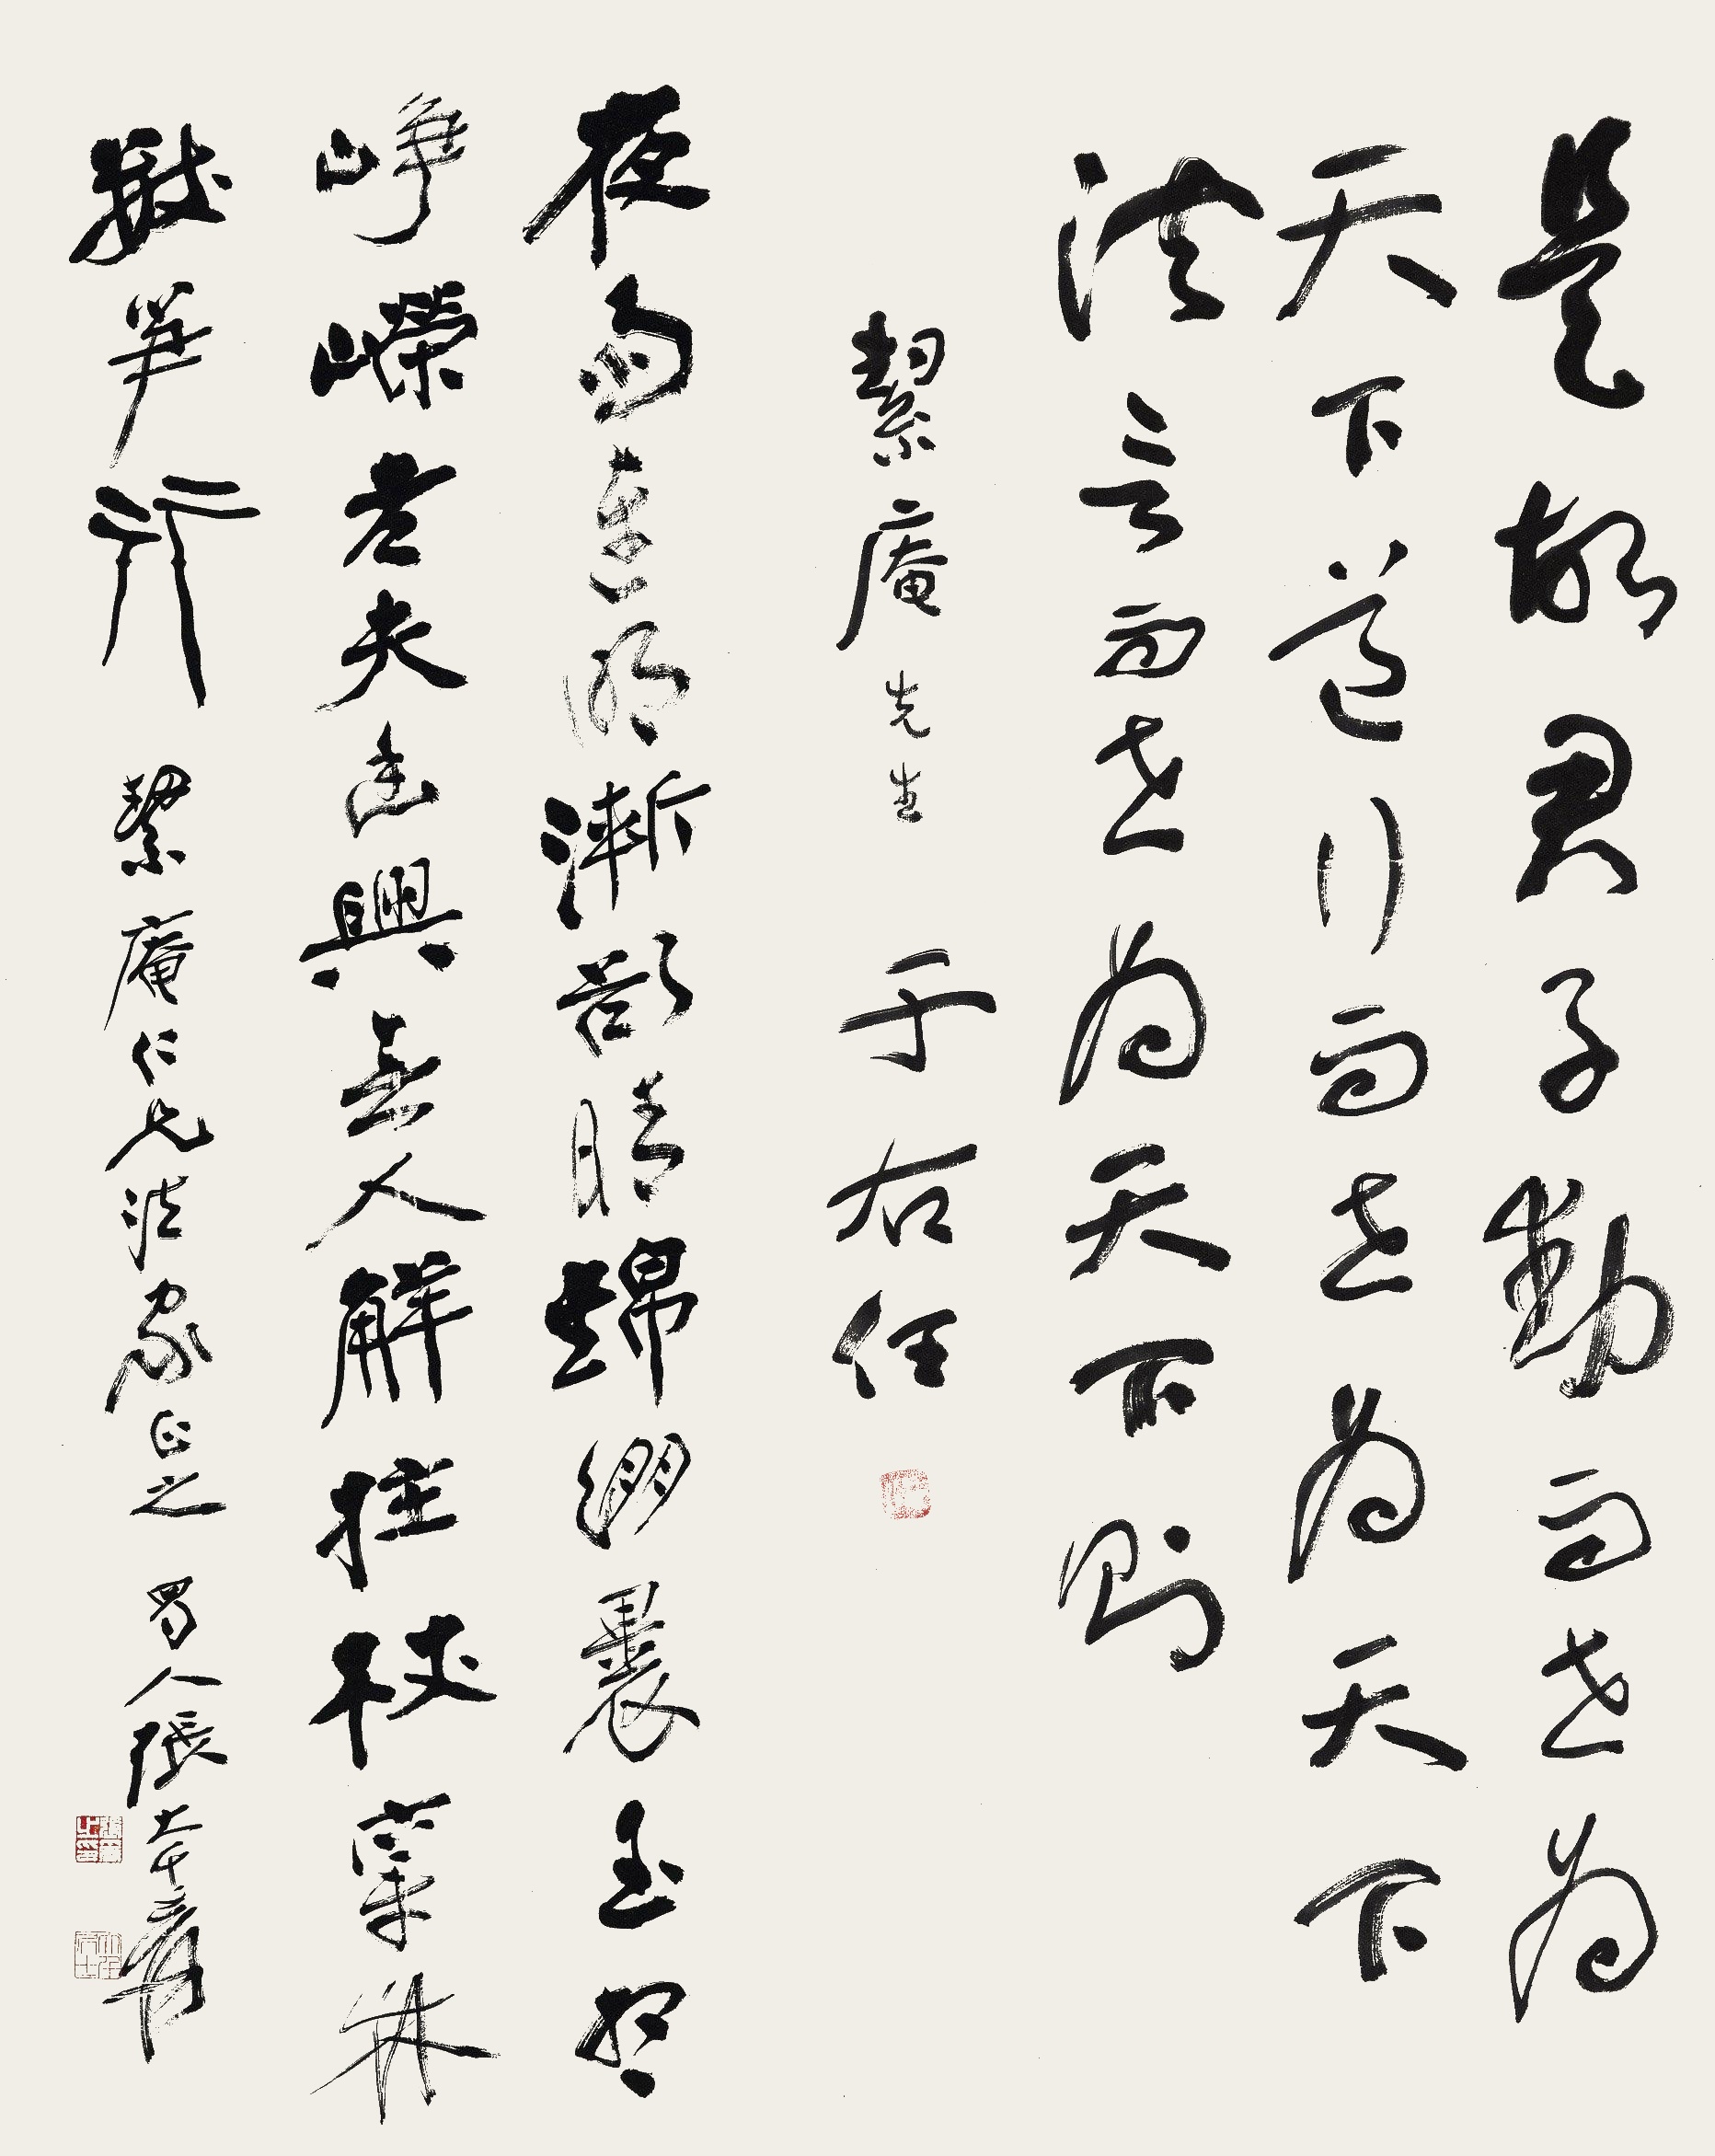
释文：夜雨连明渐欲晴，锦绷裹玉想峥嵘。老夫幽兴无人解，拄杖穿林数笋行。絜庵仁兄法家正之，蜀人张大千爰。

是故君子动而世为天下道，行而世为天下法，言而世为天下则。絜庵先生，于右任。